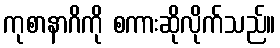
ကုစာနာဂိကို စကားဆိုလိုက်သည်။